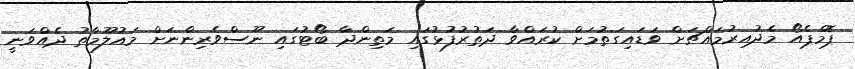
ޕޮމްޕެއޯ މެދުއިރުމައްޗަށް ވަޑައިގަތުމަށް ކުރައްވާ ދަތުރުފުޅުގައި މަތިންދާ ބޯޓުގައި ނޫސްވެރިންނަށް މައުލޫމާތު ދެއްވަނީ